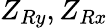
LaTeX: Z_{Ry},Z_{Rx}